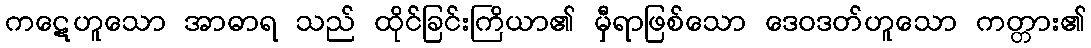
ကဋေဟူသော အာဓာရ သည် ထိုင်ခြင်းကြိယာ၏ မှီရာဖြစ်သော ဒေဝဒတ်ဟူသော ကတ္တား၏